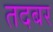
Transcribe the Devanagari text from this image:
तदबर